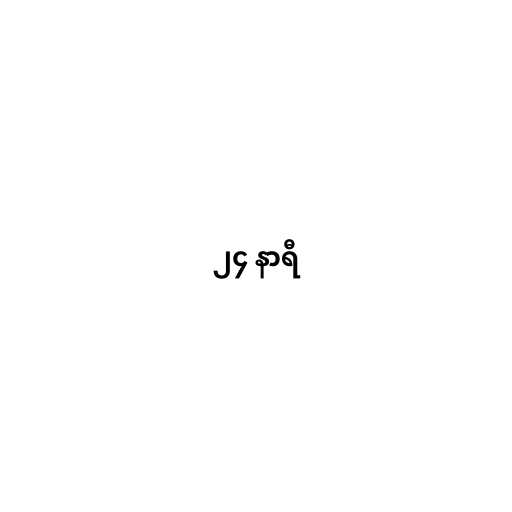
၂၄ နာရီ